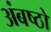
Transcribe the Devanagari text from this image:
अंबष्ठों